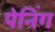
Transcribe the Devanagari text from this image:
पेनिंग